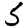
Digit: 5